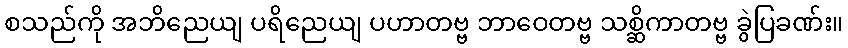
စသည်ကို အဘိညေယျ ပရိညေယျ ပဟာတဗ္ဗ ဘာဝေတဗ္ဗ သစ္ဆိကာတဗ္ဗ ခွဲပြခဏ်း။